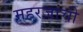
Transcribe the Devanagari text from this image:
महरजांची